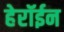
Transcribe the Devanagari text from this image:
हेरॉईन